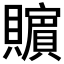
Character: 𰷚